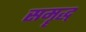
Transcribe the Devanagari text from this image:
समॄद्ध्